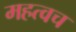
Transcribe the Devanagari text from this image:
महत्वच